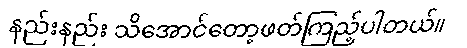
နည်းနည်း သိအောင်တော့ဖတ်ကြည့်ပါတယ်။